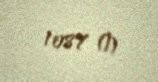
1087 ₼